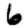
Digit: 6